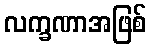
လက္ခဏာအဖြစ်